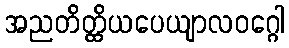
အညတိတ္ထိယပေယျာလဝဂ္ဂေါ